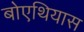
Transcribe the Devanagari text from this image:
बोएथियास